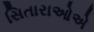
સિતારાઓએ